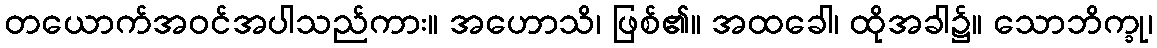
တယောက်အဝင်အပါသည်ကား။ အဟောသိ၊ ဖြစ်၏။ အထခေါ၊ ထိုအခါ၌။ သောဘိက္ခု၊